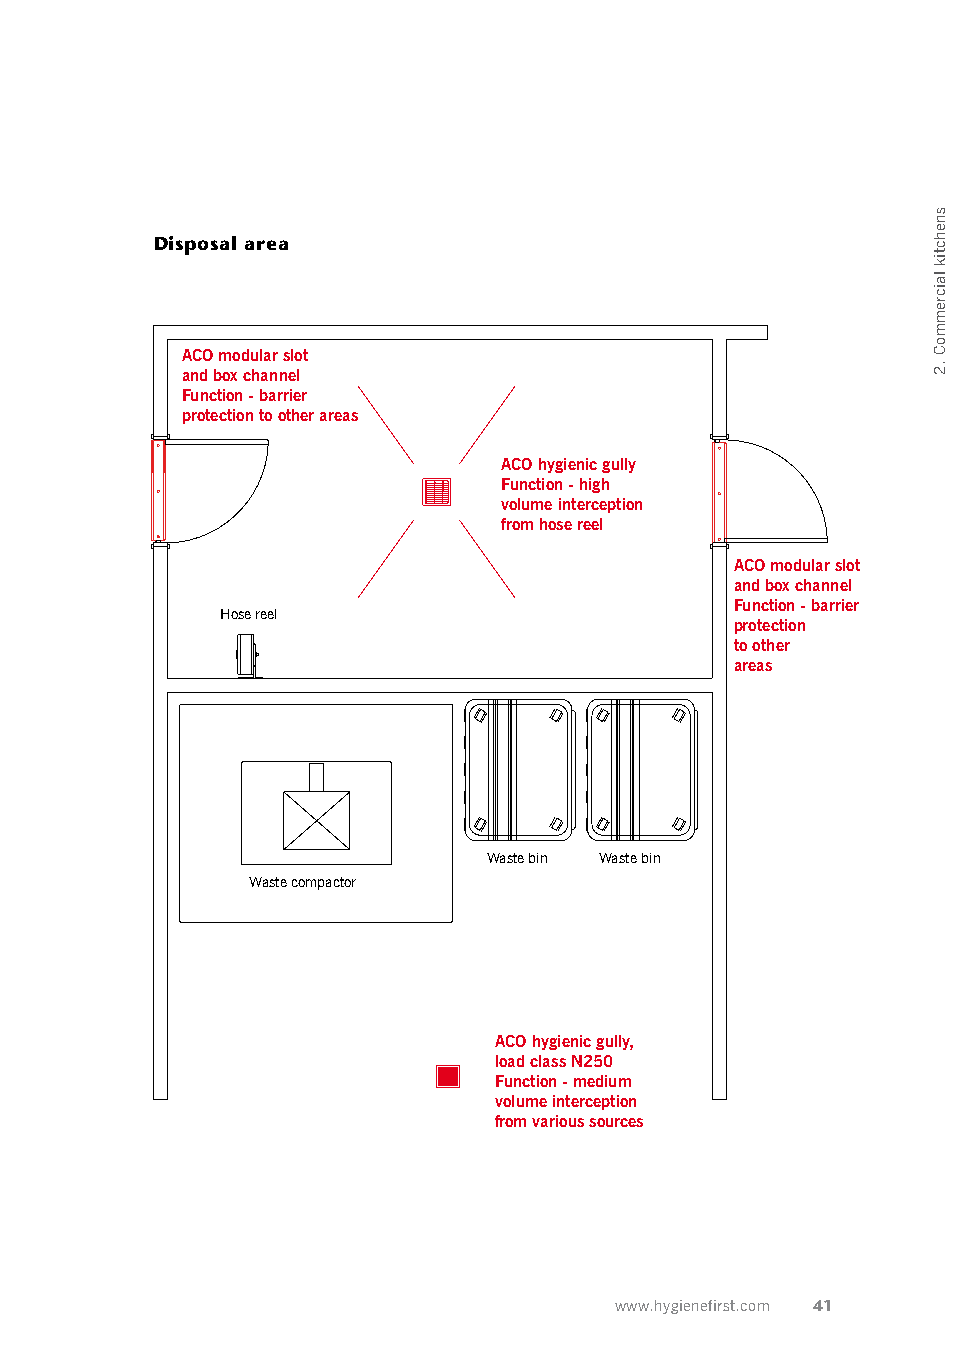
Disposal area
 ACO modular slot
 and box channel
 Function - barrier
 protection to other areas
 ACO hygienic gully
 Function - high
 volume interception
 from hose reel
 ACO modular slot
 and box channel
 Function - barrier
 Hose reel
 protection
 to other
 areas
 Waste bin Waste bin
 Waste compactor
 ACO hygienic gully,
 load class N250
 Function - medium
 volume interception
 from various sources
 www.hygienefirst.com 41
 snehctik
 laicremmoC
 .2